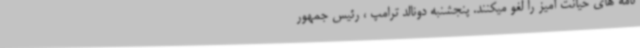
نامه های خیانت آمیز را لغو میکنند. پنجشنبه دونالد ترامپ ، رئیس جمهور